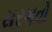
સરગવો